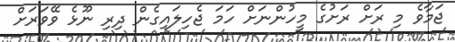
ޖަމާވެ މި ރަށް ރަށުގެ މީހުންނަށް ހަމަ ޖެހިލައިގެން ދިރި ނޫޅެ ވޭވަރަށް